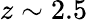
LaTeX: z\sim 2.5